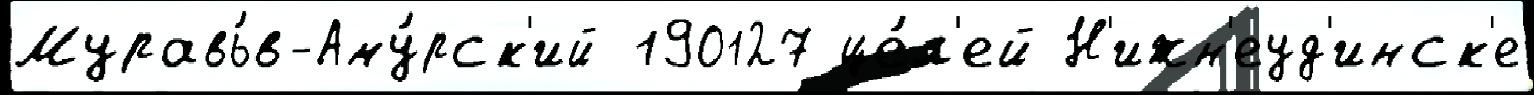
Муравь́в-Аму́рск'ий 190127 це́л'ей Н'ижн'еуд'инск'е